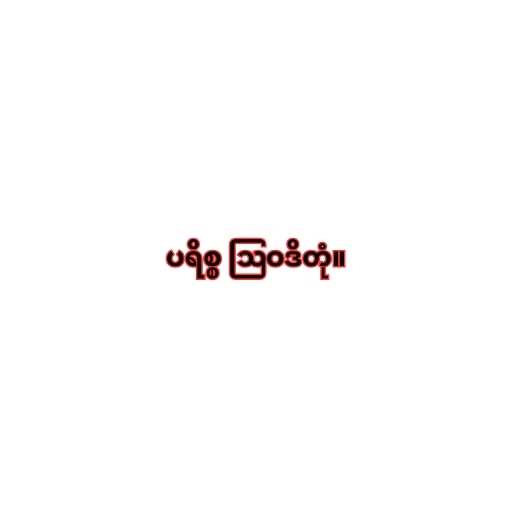
ပရိစ္စ ဩဝဒိတုံ။